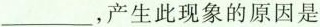
___，产生此现象的原因是